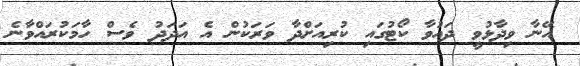
އޭނާ ވިދާޅުވީ ދައުވާ ކޯޓުގައި ކުރިއަށްދާ ވަރަކުން އެ އަދަދު ވެސް ހާމަކުރައްވާނެ